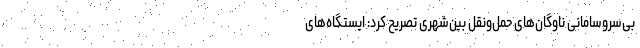
بی‌سروسامانی ناوگان‌های حمل‌ونقل بین‌شهری تصریح کرد: ایستگاه‌های